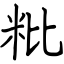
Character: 粃